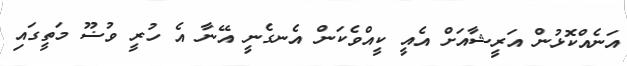
އަނެއްކޮޅުން އަރީޝާއަށް އެއީ ކީއްވެކަން އެނގެނީ އޭނާ އެ ހުރީ ވުޟޫ މަތީގައި